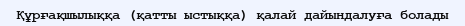
Құрғақшылыққа (қатты ыстыққа) қалай дайындалуға болады